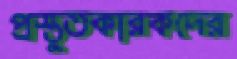
প্রস্তুতকারকদের